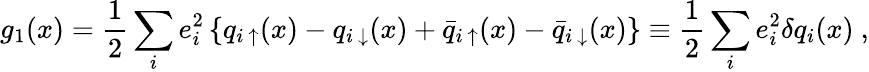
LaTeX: g_{1}(x)=\frac{1}{2}\sum_{i}e_{i}^{2}\left\{ q_{i~\uparrow}(x)-q_{i~\downarrow}(x)+\bar{q}_{i~\uparrow}(x)-\bar{q}_{i~\downarrow}(x)\right\} \equiv\frac{1}{2}\sum_{i}e_{i}^{2}\delta q_{i}(x)~,